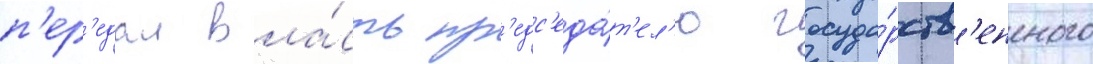
п'ер'едал вла́сть пр'едс'еда́т'ел'ю госуда́рств'енного